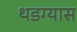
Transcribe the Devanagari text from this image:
थडग्यास